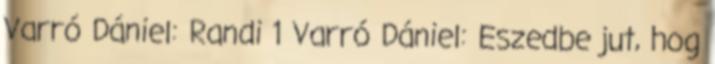
Varró Dániel: Randi 1 Varró Dániel: Eszedbe jut, hog